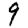
Digit: 9